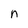
Character: n